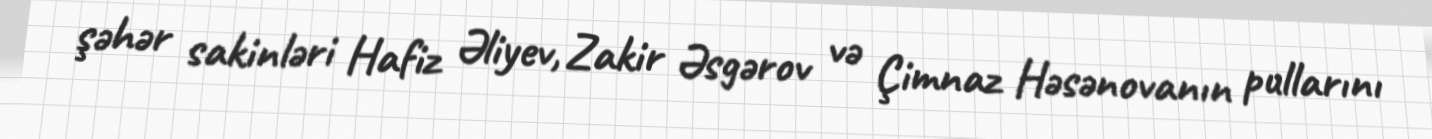
şəhər sakinləri Hafiz Əliyev, Zakir Əsgərov və Çimnaz Həsənovanın pullarını